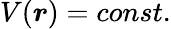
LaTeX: V({\boldsymbol{r}})=const.